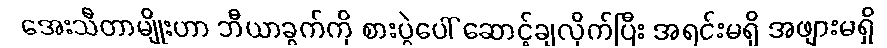
အေးသီတာမျိုးဟာ ဘီယာခွက်ကို စားပွဲပေါ် ဆောင့်ချလိုက်ပြီး အရင်းမရှိ အဖျားမရှိ